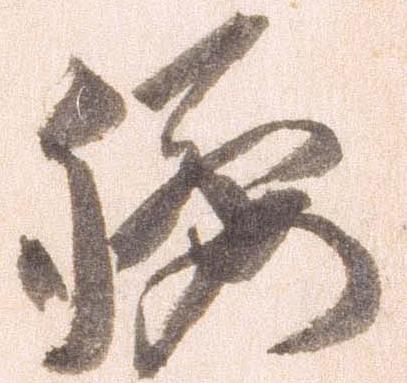
腰